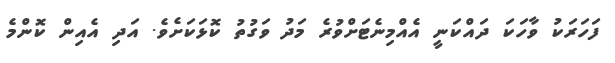
ފަހަރަކު ވާހަކަ ދައްކަނީ އެއްމިނެޓަށްވުރެ މަދު ވަގުތު ކޮޅަކަށެވެ. އަދި އެއިން ކޮންމެ